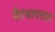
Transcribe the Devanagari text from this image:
पैराथायराइड